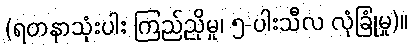
(ရတနာသုံးပါး ကြည်ညိုမှု၊ ၅-ပါးသီလ လုံခြုံမှု)။